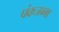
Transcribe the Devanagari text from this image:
पंकजम्मा